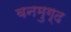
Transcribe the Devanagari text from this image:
वनमुग्द